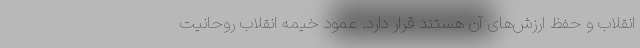
انقلاب و حفظ ارزش‌های آن هستند قرار دارد. عمود خیمه انقلاب روحانیت